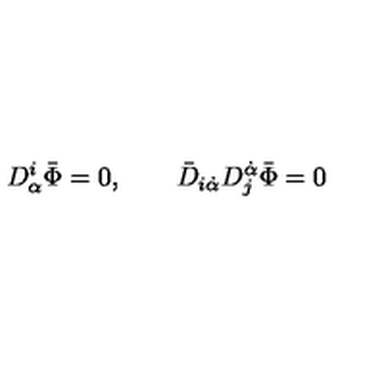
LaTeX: D _ { \alpha } ^ { i } \bar { \Phi } = 0 , \qquad \bar { D } _ { i \dot { \alpha } } D _ { j } ^ { \dot { \alpha } } \bar { \Phi } = 0